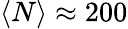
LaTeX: \langle N\rangle\approx 200